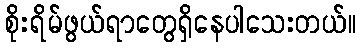
စိုးရိမ်ဖွယ်ရာတွေရှိနေပါသေးတယ်။